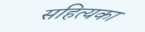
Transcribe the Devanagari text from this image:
सहित्यका